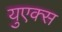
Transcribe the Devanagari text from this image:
युएक्स